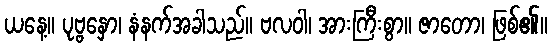
ယနေ့။ ပုဗ္ဗနှော၊ နံနက်အခါသည်။ ဗလဝါ၊ အားကြီးစွာ။ ဇာတော၊ ဖြစ်၏။